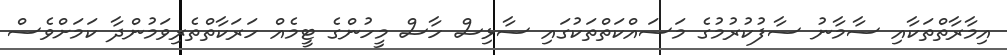
އިމާރާތްތަކާއި ސާމާނު ސާފުކުރުމުގެ މަސައްކަތްތަކުގައި ސާޅިސް ހާސް މީހުންގެ ޓީމެއް ހަރަކާތްތެރިވަމުންދާ ކަމަށްވެސް